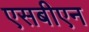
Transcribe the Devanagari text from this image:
एसबीएन